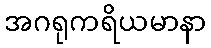
အဂရုကရိယမာနာ